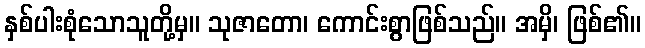
နှစ်ပါးစုံသောသူတို့မှ။ သုဇာတော၊ ကောင်းစွာဖြစ်သည်။ အမှိ၊ ဖြစ်၏။